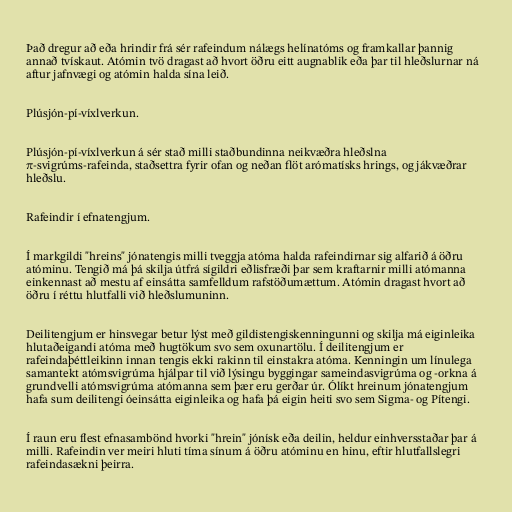
Það dregur að eða hrindir frá sér rafeindum nálægs helínatóms og framkallar þannig
annað tvískaut. Atómin tvö dragast að hvort öðru eitt augnablik eða þar til hleðslurnar ná
aftur jafnvægi og atómin halda sína leið.

Plúsjón-pí-víxlverkun.

Plúsjón-pí-víxlverkun á sér stað milli staðbundinna neikvæðra hleðslna
π-svigrúms-rafeinda, staðsettra fyrir ofan og neðan flöt arómatísks hrings, og jákvæðrar
hleðslu.

Rafeindir í efnatengjum.

Í markgildi "hreins" jónatengis milli tveggja atóma halda rafeindirnar sig alfarið á öðru
atóminu. Tengið má þá skilja útfrá sígildri eðlisfræði þar sem kraftarnir milli atómanna
einkennast að mestu af einsátta samfelldum rafstöðumættum. Atómin dragast hvort að
öðru í réttu hlutfalli við hleðslumuninn.

Deilitengjum er hinsvegar betur lýst með gildistengiskenningunni og skilja má eiginleika
hlutaðeigandi atóma með hugtökum svo sem oxunartölu. Í deilitengjum er
rafeindaþéttleikinn innan tengis ekki rakinn til einstakra atóma. Kenningin um línulega
samantekt atómsvigrúma hjálpar til við lýsingu byggingar sameindasvigrúma og -orkna á
grundvelli atómsvigrúma atómanna sem þær eru gerðar úr. Ólíkt hreinum jónatengjum
hafa sum deilitengi óeinsátta eiginleika og hafa þá eigin heiti svo sem Sigma- og Pítengi.

Í raun eru flest efnasambönd hvorki "hrein" jónísk eða deilin, heldur einhversstaðar þar á
milli. Rafeindin ver meiri hluti tíma sínum á öðru atóminu en hinu, eftir hlutfallslegri
rafeindasækni þeirra.